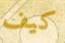
كيف